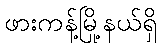
ဖားကန့်မြို့နယ်ရှိ